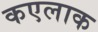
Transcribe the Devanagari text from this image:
कएलाक